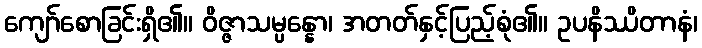
ကျော်စောခြင်းရှိ၏။ ဝိဇ္ဇာသမ္ပန္နော၊ အတတ်နှင့်ပြည့်စုံ၏။ ဥပနိဿိတာနံ၊